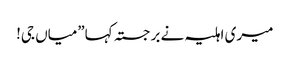
میری اہلیہ نے برجستہ کہا”میاں جی!